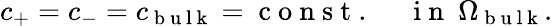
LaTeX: c_{+}=c_{-}=c_{\mathrm{~b~u~l~k~}}=\mathrm{~c~o~n~s~t~.~}\quad\mathrm{~i~n~}\ \Omega_{\mathrm{~b~u~l~k~}}.